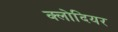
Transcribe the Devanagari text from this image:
क्लोदियर